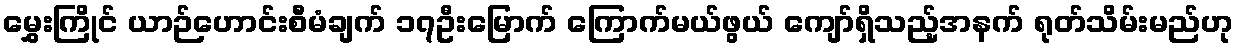
မွှေးကြိုင် ယာဉ်ဟောင်းစီမံချက် ၁၇ဦးမြောက် ကြောက်မယ်ဖွယ် ကျော်ရှိသည့်အနက် ရုတ်သိမ်းမည်ဟု